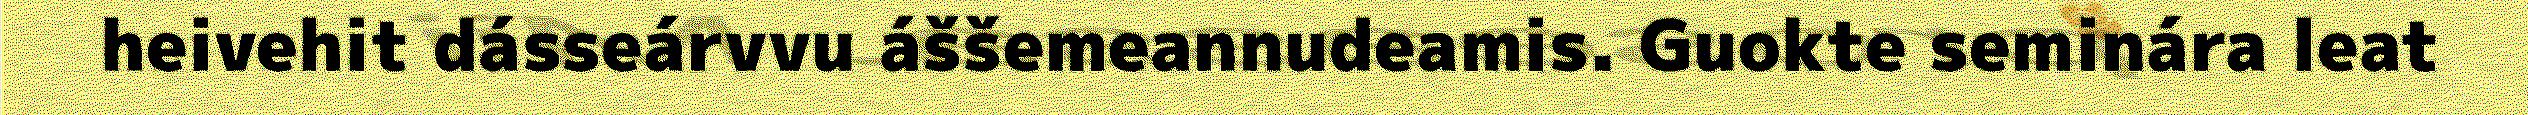
heivehit dásseárvvu áššemeannudeamis. Guokte seminára leat